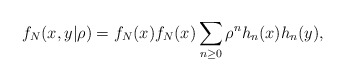
\begin{align*}f_{N}(x,y|\rho )=f_{N}(x)f_{N}(x)\sum_{n\geq 0}\rho ^{n}h_{n}(x)h_{n}(y),\end{align*}